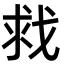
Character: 𫻲